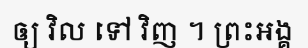
ឲ្យ វិល ទៅ វិញ ។ ព្រះអង្គ